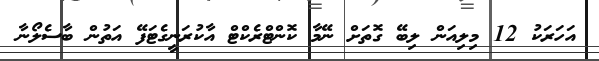
އަހަރަކު 12 މިލިއަން ލިބޭ ގޮތަށް ނޭމާ ކޮންޓްރެކްޓް އާކުރަނީގެޓަފޭ އަތުން ބާސެލޯނާ